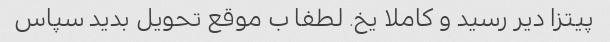
پیتزا دیر رسید و کاملا یخ. لطفا ب موقع تحویل بدید سپاس